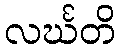
လင်္ဃတိ